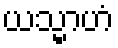
ယသ္မာဟံ